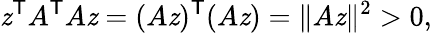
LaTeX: \mathit{z}^{\textsf{{T}}}A^{\textsf{{T}}}A\mathit{z}=(A\mathit{z})^{\textsf{{T}}}(A\mathit{z})=\| A\mathit{z}\| ^{2}>0,